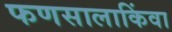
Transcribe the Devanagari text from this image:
फणसालाकिंवा